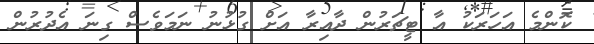
ކޮންމެ އަހަރަކު އާ ޓީޗަރުން ދާއިރާ އަށް ގުޅުނު ނަމަވެސް ގިނަ އެދުރުން